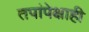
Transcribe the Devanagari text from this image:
तपांपेक्षाही